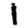
Digit: 1